Vaccination in Bombay 1913-1923 - 1913-1923
Year: 1913
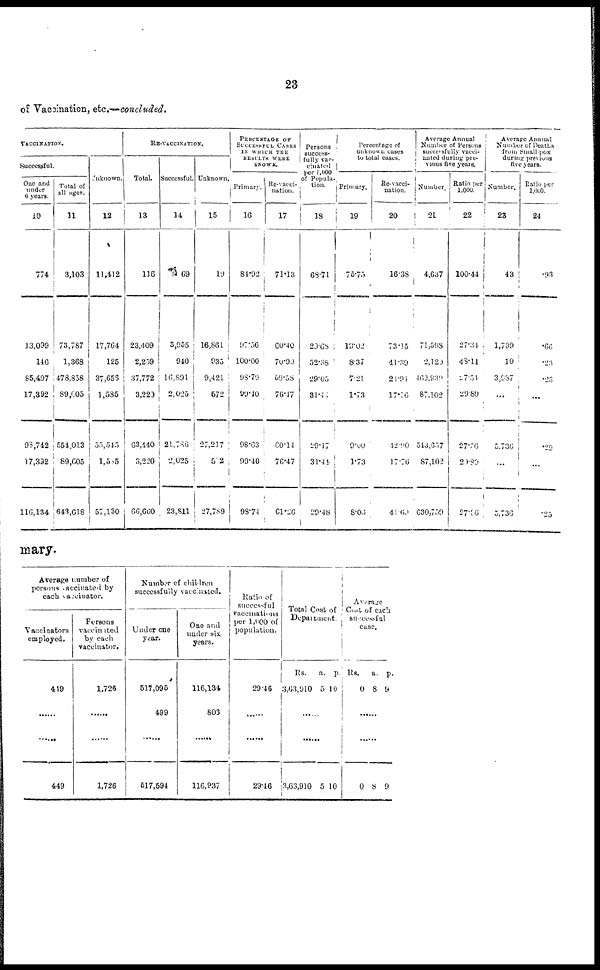
23
of Vaccination, etc.—concluded.
VACCINATION.
Successful.
One and
under
6 years.
10
774
13,099
146
85,497
17,392
98,742
17,392
116,134
Total of
all ages.
11
3,103
73,787
1,368
478,858
89,005
554,013
89,605
643,618
Unknown.
12
11,412
17,764
125
37,656
1,585
55,545
1,585
57,130
RE-VACCINATION.
Total.
13
116
23,409
2,259
37,772
3,220
63,440
3,220
66,660
Successful.
14
69
3,955
940
16,891
2,025
21,786
2,025
23,811
Unknown.
15
19
16,861
935
9,421
572
27,217
512
27,789
PERCENTAGE OF
SUCCESSFUL CASES
IN WHICH THE
RESULTS WERE
KNOWN.
Primary.
16
84.92
97.56
100.00
98.79
99.40
98.63
99.40
98.74
Re-vacci-
nation.
17
71.13
60.40
70.99
59.58
76.47
60.14
76.47
61.26
Persons
success-
fully vac-
cinated
per 1,000
of Popula-
tion.
18
68.71
29.68
52.38
29.05
31.41
29.17
31.44
29.48
Percentage of
unknown cases
to total cases.
Primary.
19
75.75
19.02
8.37
7.21
1.73
9.00
1.73
8.06
Re-vacci-
nation.
20
16.38
73.15
41.39
24.94
17.76
42.90
17.76
41.69
Average Annual
Number of Persons
successfully vacci-
nated during pre-
vious five years.
Number
21
4,637
71,598
2,120
460,939
87,102
543,657
87,102
630,759
Ratio per
1,000.
22
100.44
27.34
48.11
27.54
29.89
27.76
20.89
27.36
Average Annual
Number of Deaths
from Small-pox
during previous
five years.
Number.
23
43
1,739
10
3,987
...
5, 736
...
5,736
Ratio per
1,000.
24
.93
.66
.23
.23
...
.29
...
.25
mary.
Average number of
persons vaccinated by
each vaccinator.
Vaccinators
employed.
449
......
......
449
Persons
vaccinated
by each
vaccinator.
1,726
......
......
1,726
Number of children
successfully vaccinated.
Under one
year.
517,095
499
......
517,594
One and
under six
years.
116,134
803
......
116,937
Ratio of
successful
vaccinations
per 1,000 of
population.
29.46
......
......
29.46
Total Cost of
Department.
Rs.
3,63,910
a.
5
p.
10
......
......
3,63,910 5 10
Average
Cost of each
successful
case.
Rs.
0
a.
8
p.
9
......
0 8 9